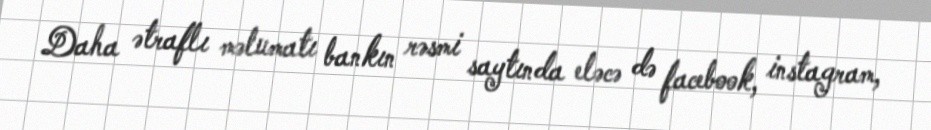
Daha ətraflı məlumatı bankın rəsmi saytında eləcə də facebook, instagram,